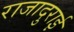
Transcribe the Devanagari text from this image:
राजादुराई